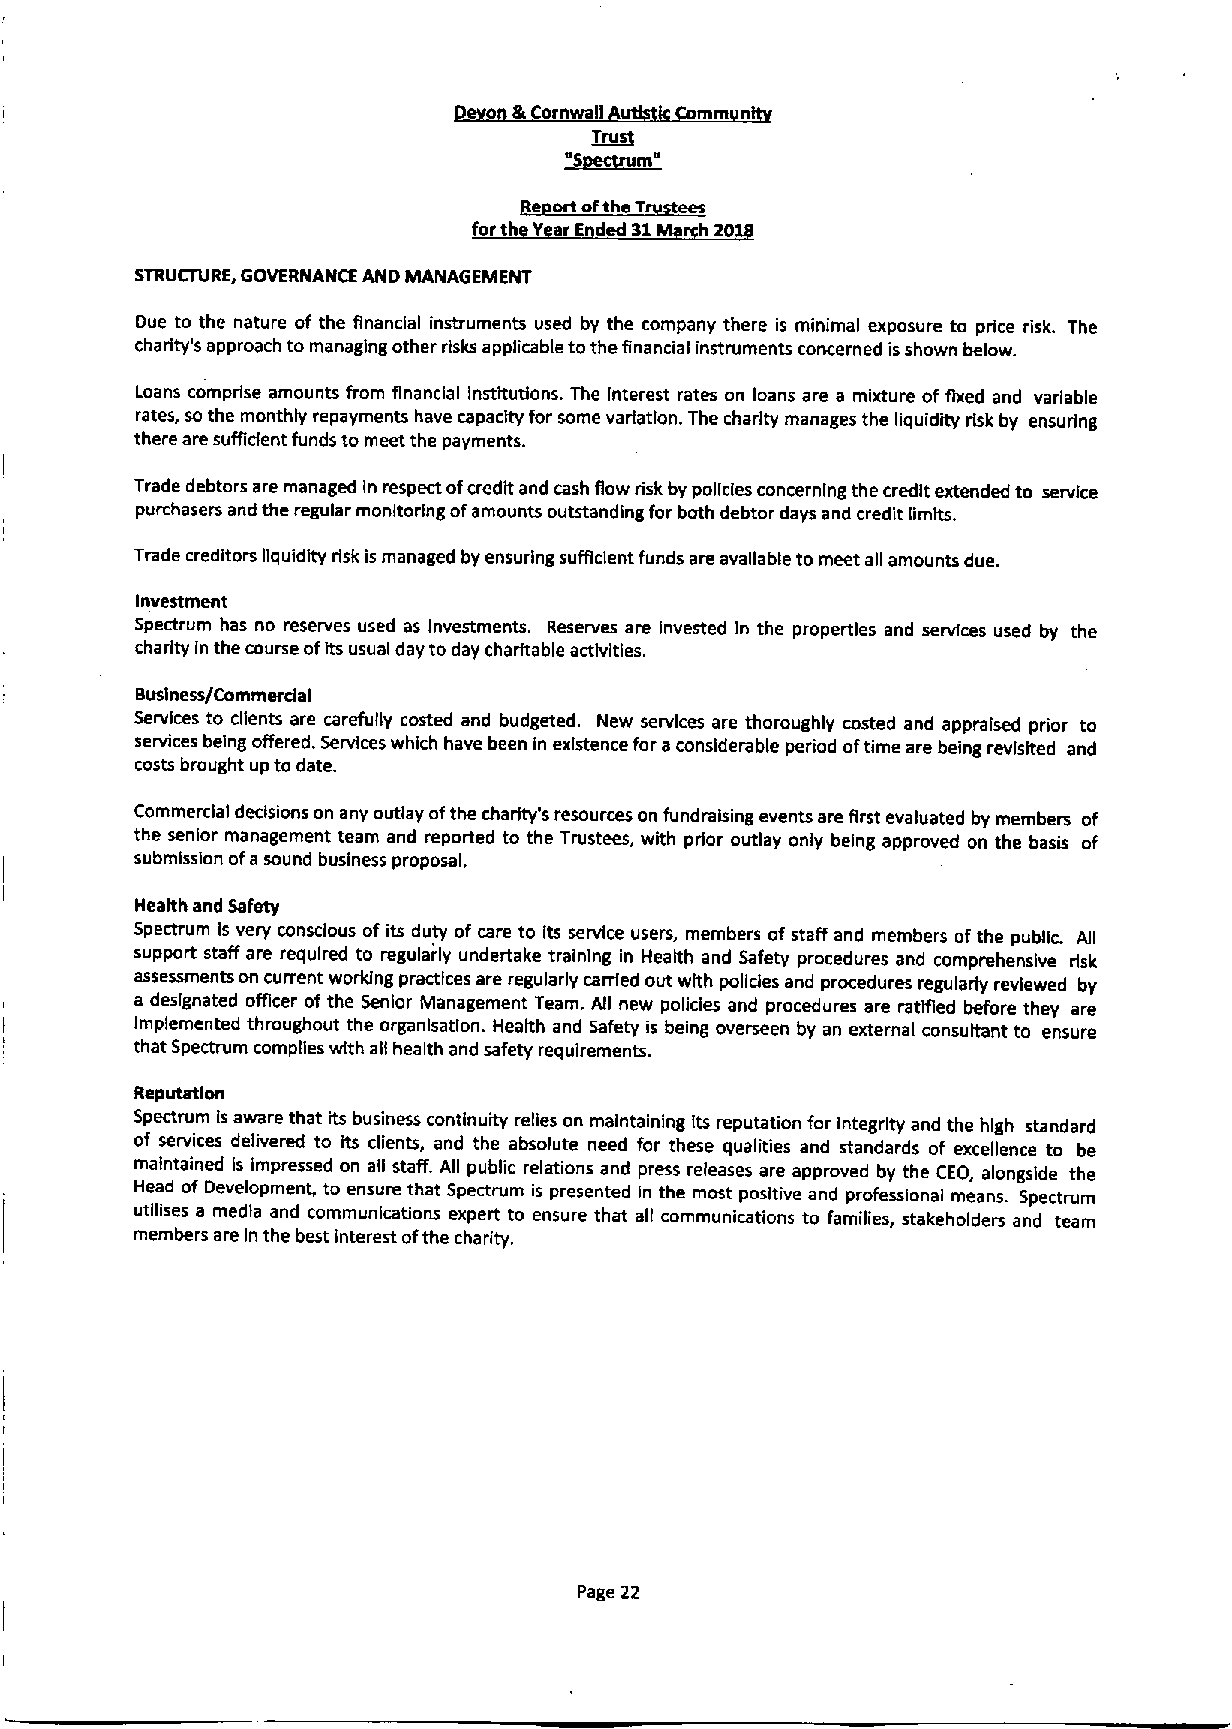
o &Cornwall   rnm n
 T~lll
 ~Sectrgm"
 pegort of ~th T gyes
 forth Y rE dedg1 h20
 STRUCTURE, GOVERNANCE AND MANAGEMENT
 Due to the nature of the financial instruments used by the company there is minimal exposure to price risk. The
 charity's approach to managing other risks applicable tothe financial instruments concerned isshown below.
 Loans comprise amounts from financial institutions. The interest rates on loans are a mixture of fixed and variable
 rates, so the monthly repayments have capacity for some variation. The charity manages the liquidity risk by ensuring
 there are sufficient funds to meet the payments.
 Trade debtors are managed In respect ofcredit and cash flow risk by policies concerning the credit extended to service
 purchasers and the regular monitoring ofamounts outstanding for both debtor days and credit limits.
 Trade creditors liquidity risk is managed by ensuring sufficient funds are available to meet all amounts due.
 Investment
 Spectrum has no reserves used as Investments. Reserves are Invested In the properties and services used by the
 charity In the course ofIts usual day to day charitable activities.
 Business/Commerdal
 Services to clients are carefully costed and budgeted. New services are thoroughly costed and appraised prior to
 services being offered. Services which have been in existence for aconsiderable period oftime are being revisited and
 costs brought up to date.
 Commercial decisions on any outlay ofthe charity's resources on fundraising events are first evaluated by members of
 the senior management team and reported to the Trustees, with prior outlay only being approved on the basis of
 submission ofasound business proposal.
 Health and Safety
 Spectrum Is very conscious of its duty of care to its service users, members of staff and members ofthe public. All
 support staff are required to regularly undertake training in Health and Safety procedures and comprehensive risk
 assessments on current working practices are regularly carried out with polldes and procedures regularly reviewed by
 a designated officer of the Senior Management Team. All new policies and procedures are ratified before they are
 Implemented throughout the organlsatlon. Health and Safety is being overseen by an external consultant to ensure
 that Spectrum compiles with all health and safety requirements.
 Reputatlon
 Spectrum Isaware that its business continuity relies on maintaining Its reputation for Integrity and the high standard
 of services delivered to its clients, and the absolute need for these qualities and standards of excellence to be
 maintained Is impressed on ag staff. All public relations and press releases are approved by the CEO, alongside the
 Head of Development, to ensure that Spectrum is presented In the most positive and professional means. Spectrum
 utllises a media and communications expert to ensure that all communications to families, stakeholders and team
 members are In the best interest ofthe charity.
 Page 22